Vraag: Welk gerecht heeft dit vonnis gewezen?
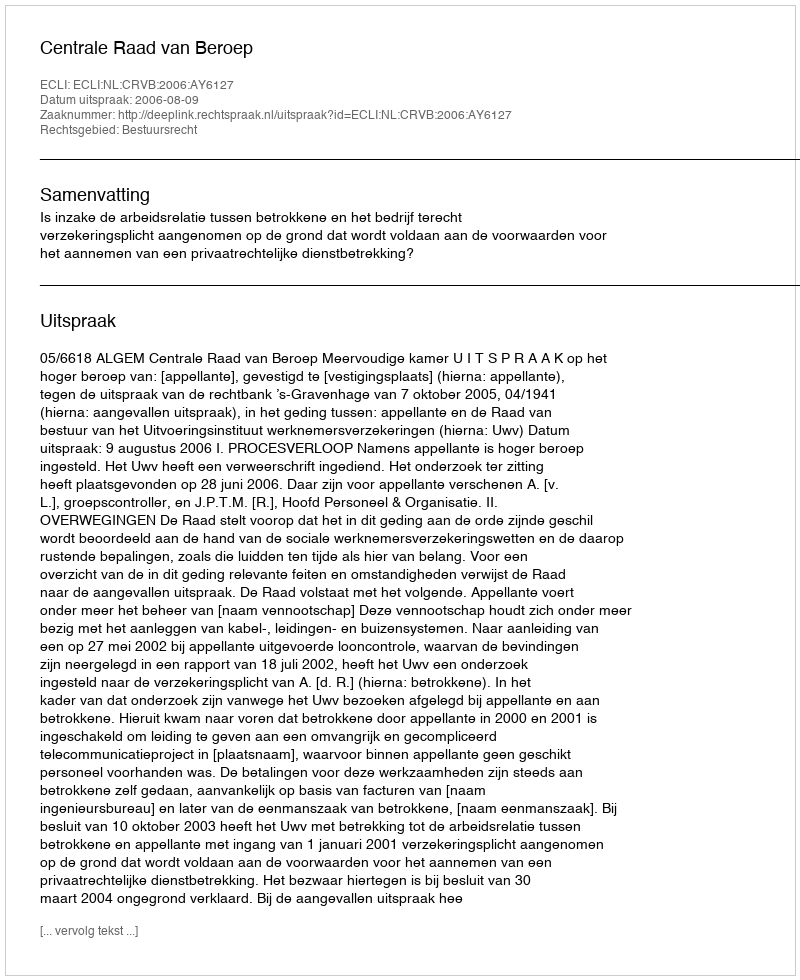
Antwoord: Centrale Raad van Beroep